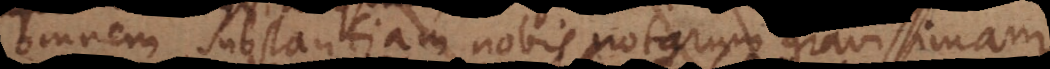
omnem substantiam nobis notarum gravissimam